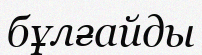
бұлғайды